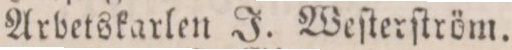
Arbetskarlen J. Weſterſtröm.